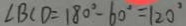
\angle B C D = 1 8 0 ^ { \circ } - 6 0 ^ { \circ } = 1 2 0 ^ { \circ }